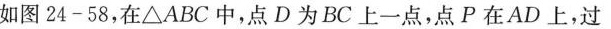
如图24-58，在△ABC中，点D为BC上一点，点P在AD上，过